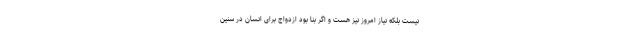
نیست بلکه نیاز امروز نیز هست و اگر بنا بود ازدواج برای انسان در سنین